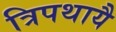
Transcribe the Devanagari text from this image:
त्रिपथायै